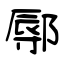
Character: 鄏